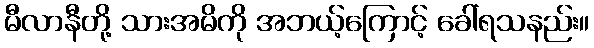
မီလာနီတို့ သားအမိကို အဘယ့်ကြောင့် ခေါ်ရသနည်း။